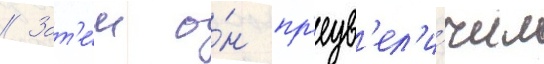
// Зат'е́м о́н пр'еув'ел'и́чил